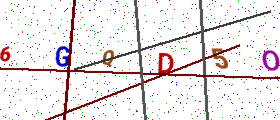
Text: 6GQD5O